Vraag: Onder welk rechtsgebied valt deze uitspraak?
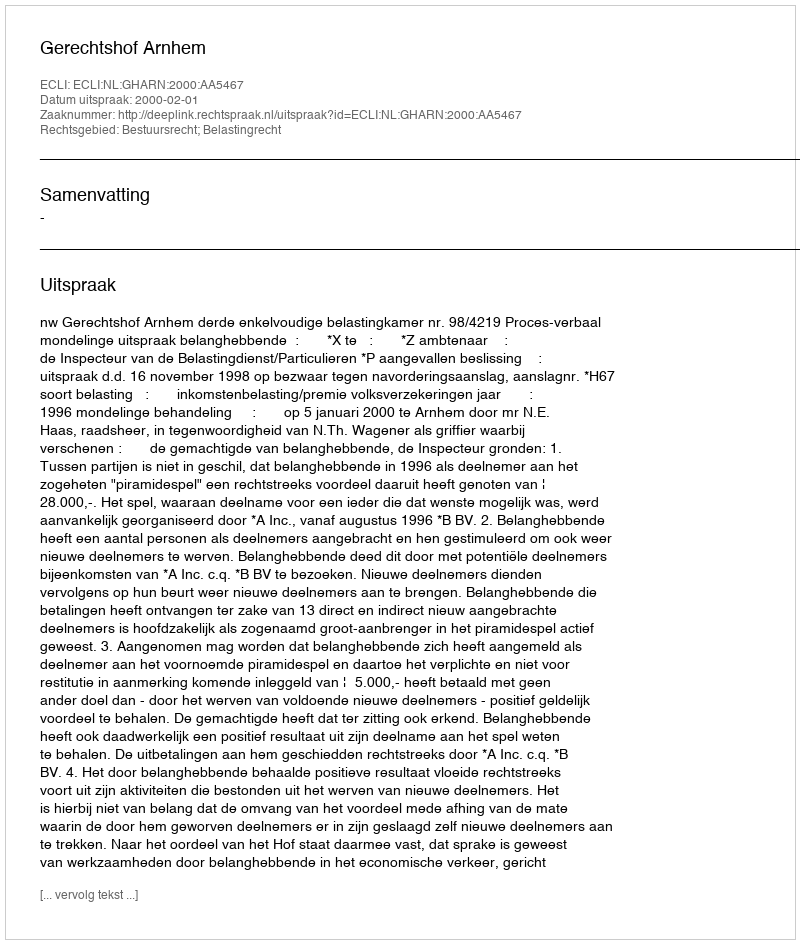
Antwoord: Bestuursrecht; Belastingrecht